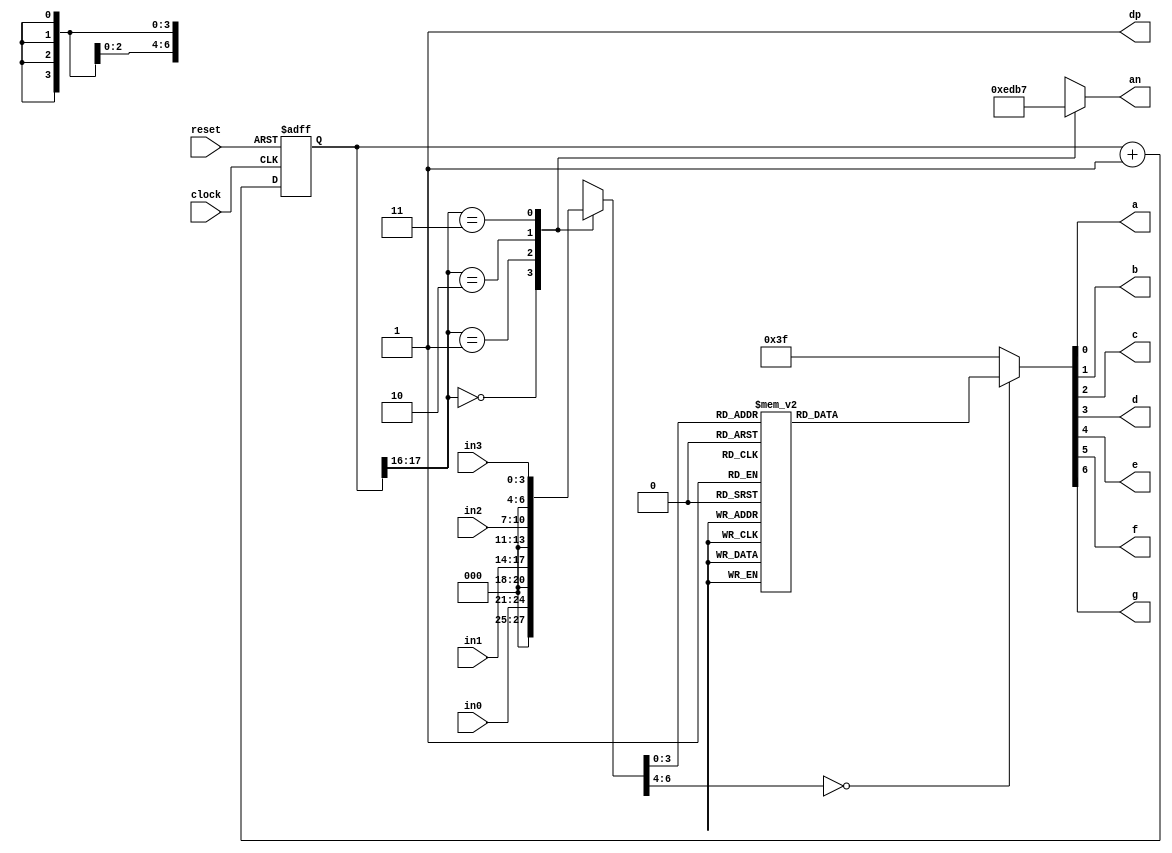
`timescale 1ns / 1ps
//adapted from fpgaforstudents.com


module Seven_seg(

 input clock, reset,
 input [3:0] in0, in1, in2, in3,  //the 4 inputs for each display
 output a, b, c, d, e, f, g, dp, //the individual LED output for the seven segment along with the digital point
 output [3:0] an   // the 4 bit enable signal
 );
 
localparam N = 18;
 
reg [N-1:0]count =0; //the 18 bit counter which allows us to multiplex at 1000Hz
 
always @ (posedge clock or posedge reset)
 begin
  if (reset)
   count <= 0;
  else
   count <= count + 1;
 end
 
reg [6:0]sseg; //the 7 bit register to hold the data to output
reg [3:0]an_temp; //register for the 4 bit enable
 
always @ (*)
 begin
  case(count[N-1:N-2]) //using only the 2 MSB's of the counter 
    
   2'b00 :  //When the 2 MSB's are 00 enable the fourth display
    begin
     sseg = in0;
     an_temp = 4'b1110;
    end
    
   2'b01:  //When the 2 MSB's are 01 enable the third display
    begin
     sseg = in1;
     an_temp = 4'b1101;
    end
    
   2'b10:  //When the 2 MSB's are 10 enable the second display
    begin
     sseg = in2;
     an_temp = 4'b1011;
    end
     
   2'b11:  //When the 2 MSB's are 11 enable the first display
    begin
     sseg = in3;
     an_temp = 4'b0111;
    end
  endcase
 end
assign an = an_temp;
 
 
reg [6:0] sseg_temp; // 7 bit register to hold the binary value of each input given
 
always @ (*)
 begin
  case(sseg)
   4'd0 : sseg_temp = 7'b1000000; //to display 0
   4'd1 : sseg_temp = 7'b1111001; //to display 1
   4'd2 : sseg_temp = 7'b0100100; //to display 2
   4'd3 : sseg_temp = 7'b0110000; //to display 3
   4'd4 : sseg_temp = 7'b0011001; //to display 4
   4'd5 : sseg_temp = 7'b0010010; //to display 5
   4'd6 : sseg_temp = 7'b0000010; //to display 6
   4'd7 : sseg_temp = 7'b1111000; //to display 7
   4'd8 : sseg_temp = 7'b0000000; //to display 8
   4'd9 : sseg_temp = 7'b0010000; //to display 9
   default : sseg_temp = 7'b0111111; //dash
  endcase
 end
assign {g, f, e, d, c, b, a} = sseg_temp; //concatenate the outputs to the register, this is just a more neat way of doing this.
assign dp = 1'b1; //since the decimal point is not needed, all 4 of them are turned off
 
 
endmodule